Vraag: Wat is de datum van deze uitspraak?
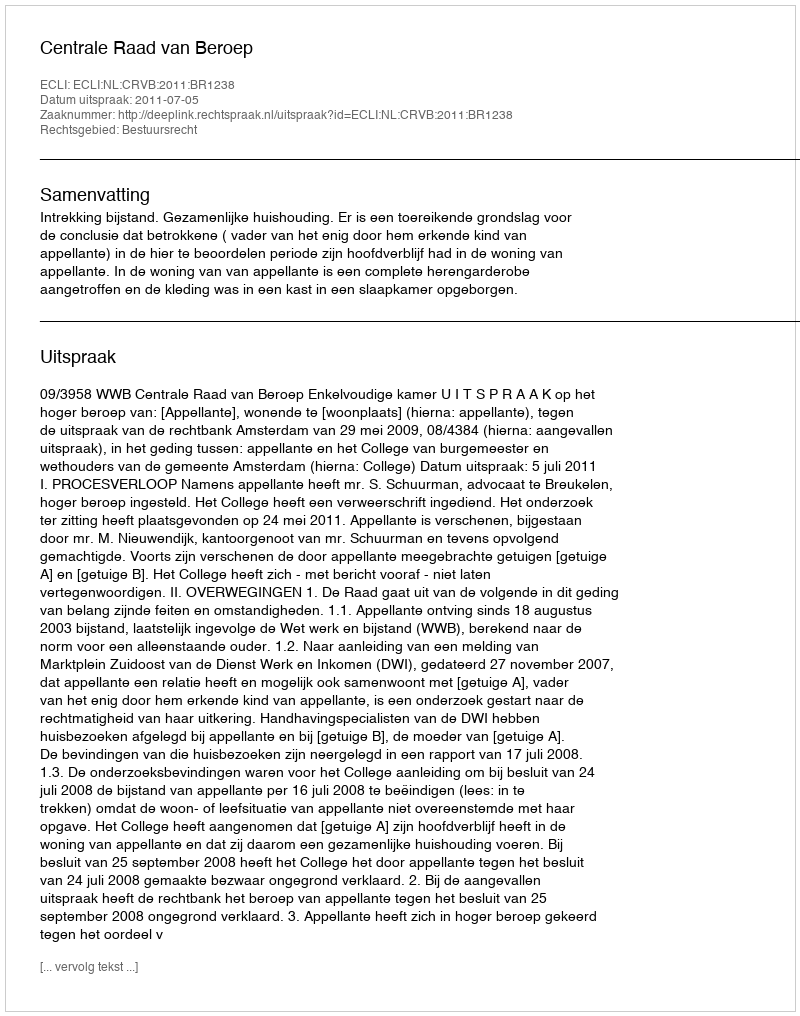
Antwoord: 2011-07-05